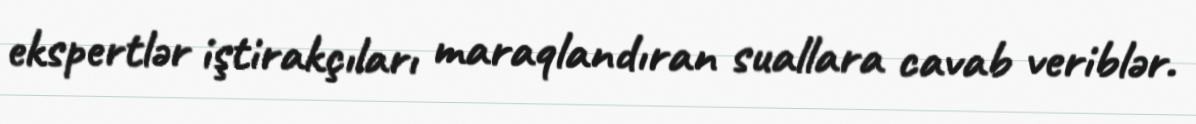
ekspertlər iştirakçıları maraqlandıran suallara cavab veriblər.